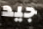
جيد